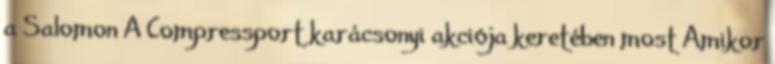
a Salomon A Compressport karácsonyi akciója keretében most Amikor